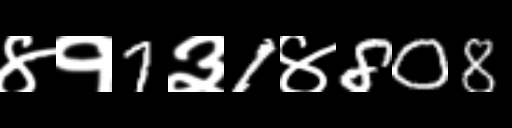
Text: ४१7३1४808